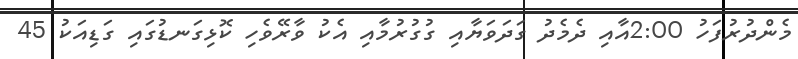
މެންދުރުފަހު 2:00އާއި ދެމެދު ގަދަވަޔާއި ގުގުރުމާއި އެކު ވާރޭވެހި ކޮޅިގަނޑުގައި ގަޑިއަކު 45